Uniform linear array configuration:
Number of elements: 16
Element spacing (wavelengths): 1
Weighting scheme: binomial
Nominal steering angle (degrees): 15
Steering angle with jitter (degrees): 16.743
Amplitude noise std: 0.05
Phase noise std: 0.05

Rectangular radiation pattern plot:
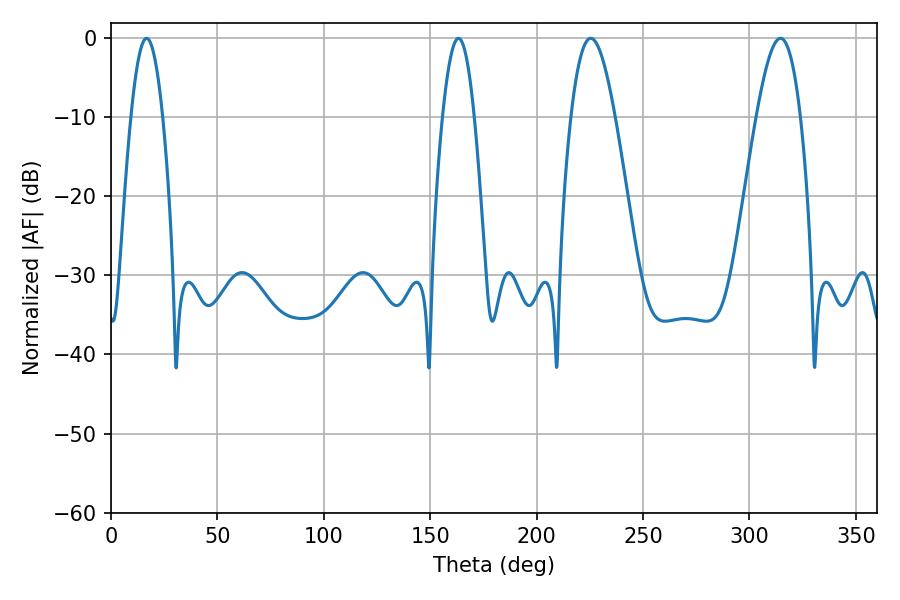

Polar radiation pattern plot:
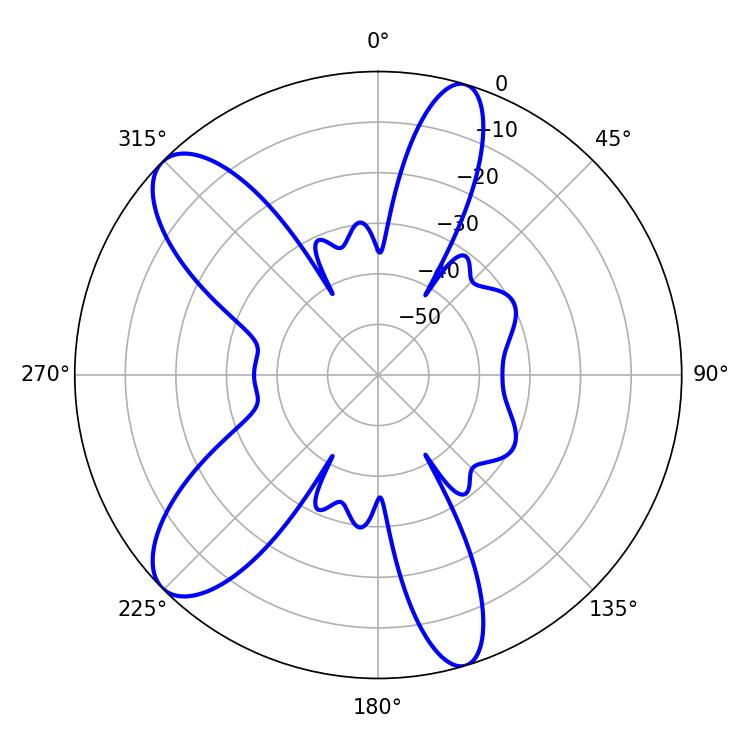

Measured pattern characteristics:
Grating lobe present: TRUE
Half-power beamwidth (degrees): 8.1
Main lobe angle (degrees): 16.74